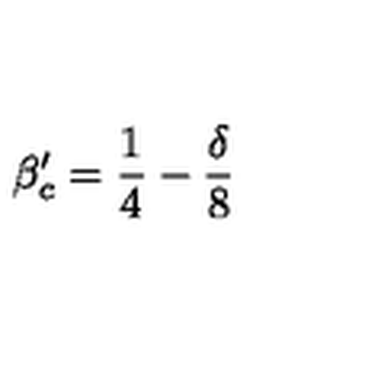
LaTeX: \beta _ { c } ^ { \prime } = \frac { 1 } { 4 } - \frac { \delta } { 8 }